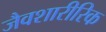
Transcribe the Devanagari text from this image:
जैवशारीरिक